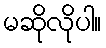
မဆိုလိုပါ။